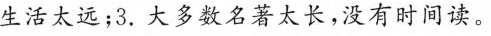
生活太远；3.大多数名著太长，没有时间读。